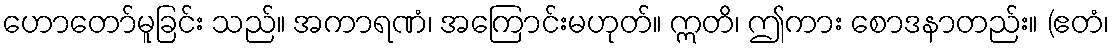
ဟောတော်မူခြင်း သည်။ အကာရဏံ၊ အကြောင်းမဟုတ်။ ဣတိ၊ ဤကား စောဒနာတည်း။ (ဧတံ၊